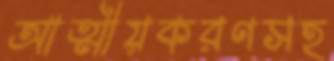
আত্মীয়করণসহ